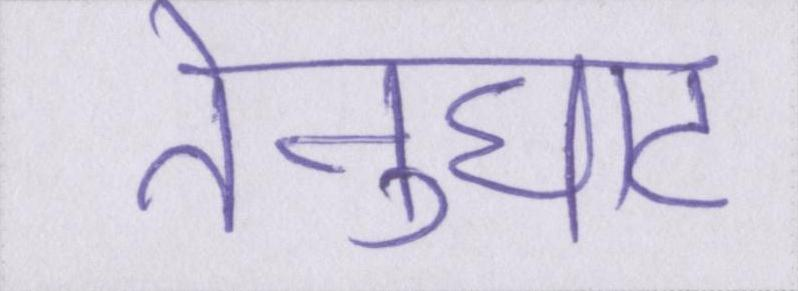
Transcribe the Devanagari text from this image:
तेनुघाट